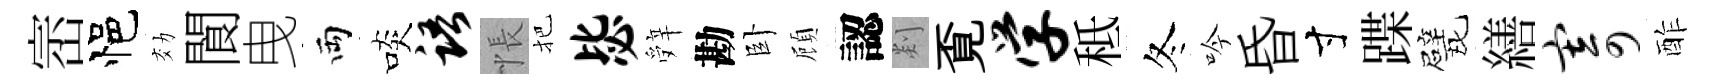
崈悒効閬曳両啖语悵把毖辤勘卧頋認剡覔学秪冬吟昏寸蹀戏繕寄酢